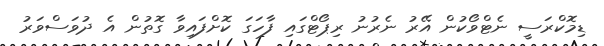
ޑިމޮކްރަސީ ނެޓްވޯކުން އޭރު ނެރުނު ރިޕޯޓްގައި ފާހަގަ ކޮށްފައިވާ ގޮތުން އެ ދުވަސްވަރު